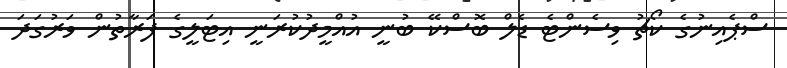
ސްޕެއިނުގެ ކޯޗު ވިސެންޓެ ޑެލް ބޮސްކޭ ބުނީ އުއްމީދުކުރަނީ އިޓަލީގެ ފަރާތުން ވަރުގަދަ